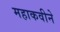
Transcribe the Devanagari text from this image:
महाकवीने